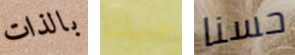
بالذات عليك حسنا